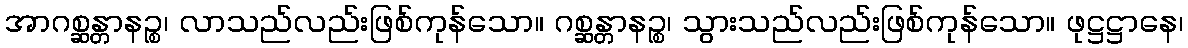
အာဂစ္ဆန္တာနဉ္စ၊ လာသည်လည်းဖြစ်ကုန်သော။ ဂစ္ဆန္တာနဉ္စ၊ သွားသည်လည်းဖြစ်ကုန်သော။ ဖုဋ္ဌဋ္ဌာနေ၊